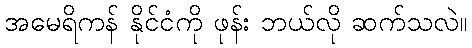
အမေရိကန် နိုင်ငံကို ဖုန်း ဘယ်လို ဆက်သလဲ။